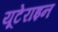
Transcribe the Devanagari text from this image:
यूटेराइन